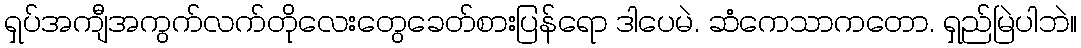
ရှပ်အကျီအကွက်လက်တိုလေးတွေခေတ်စားပြန်ရော ဒါပေမဲ. ဆံကေသာကတော. ရှည်မြဲပါဘဲ။